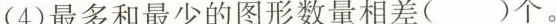
(4)最多和最少的图形数量相差()个。